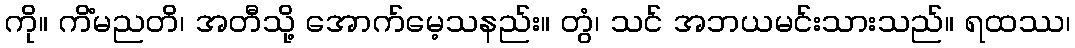
ကို။ ကိံမညတိ၊ အတီသို့ အောက်မေ့သနည်း။ တွံ၊ သင် အဘယမင်းသားသည်။ ရထဿ၊